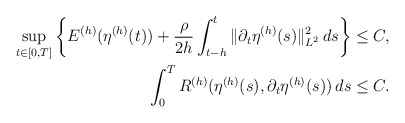
\begin{align*}\begin{aligned}\sup_{t \in [0,T]} \left\{E^{(h)}(\eta^{(h)}(t)) + \frac{\rho}{2h} \int_{t - h}^t \|\partial_t \eta^{(h)}(s)\|_{L^2}^2\,ds \right\} & \le C, \\\int_0^T R^{(h)}(\eta^{(h)}(s), \partial_t \eta^{(h)}(s))\,ds & \le C.\end{aligned}\end{align*}